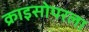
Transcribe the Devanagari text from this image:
क्राइसोपरला